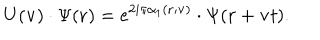
LaTeX: U ( { \bf v } ) \cdot \Psi ( { \bf r } ) = e ^ { 2 i \pi \alpha _ { 1 } ( { \bf r } ; { \bf v } ) } \cdot \Psi ( { \bf r } + { \bf v } t ) .